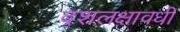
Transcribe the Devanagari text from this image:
दशलक्षावधी